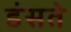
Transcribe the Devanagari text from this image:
डंसते